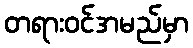
တရားဝင်အမည်မှာ